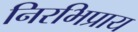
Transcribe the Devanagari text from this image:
निरभिप्राय